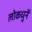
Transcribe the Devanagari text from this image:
लोकधुनें